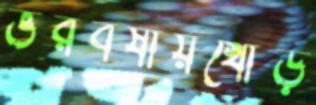
ভরবর্ষায়খোঁড়